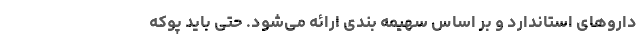
داروهای استاندارد و بر اساس سهیمه بندی ارائه می‌شود. حتی باید پوکه